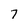
Character: 7